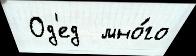
 Од'ед  мно́го